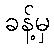
ခန့်မှ